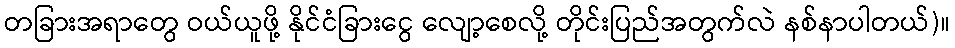
တခြားအရာတွေ ဝယ်ယူဖို့ နိုင်ငံခြားငွေ လျော့စေလို့ တိုင်းပြည်အတွက်လဲ နစ်နာပါတယ်)။